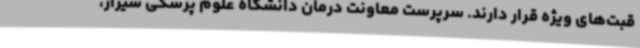
قبت‌های ویژه قرار دارند. سرپرست معاونت درمان دانشگاه علوم پزشکی شیراز،